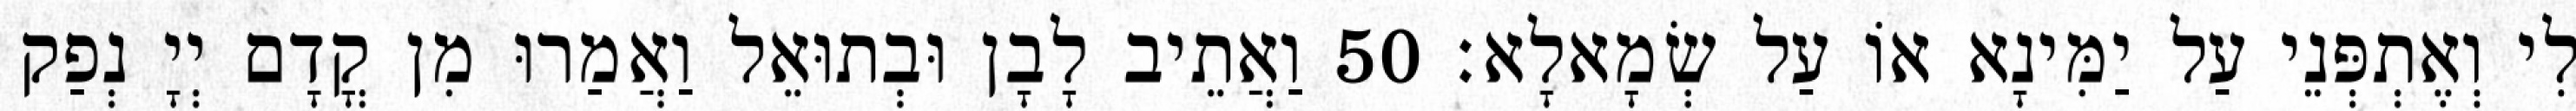
לִי וְאֶתְפְּנֵי עַל יַמִּינָא אוֹ עַל שְׂמָאלָא׃ 50 וַאֲתֵיב לָבָן וּבְתוּאֵל וַאֲמַרוּ מִן קֳדָם יְיָ נְפַק